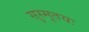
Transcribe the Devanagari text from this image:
सुस्मृतयः